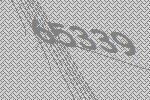
65339